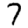
Digit: 7